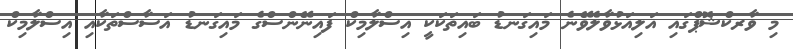
މި ވާރކްޝޮޕްގައި އަލިއަޅުވާލެވޭނެ މައިގަނޑު ބައިތަކަކީ އިސްލާމިކް ފައިނޭންސްގެ މައިގަނޑު އަސާސްތަކާއި އިސްލާމިކް